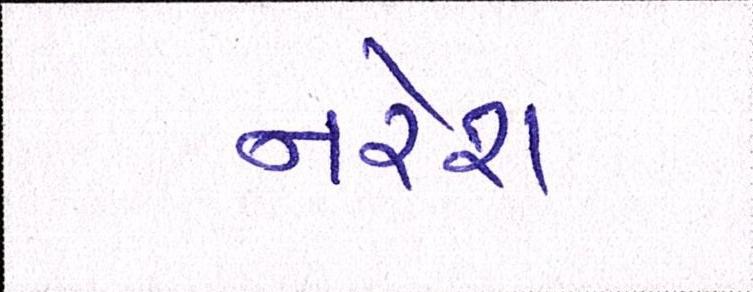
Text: નરેશ